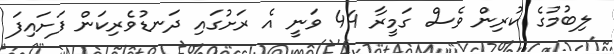
ލިބުމުގެ ކުރިން ވެސް ގަމީރާ 44 ވަނީ އެ ރަށުގައި ދަނޑުވެރިކަން ފަށައިފަ